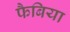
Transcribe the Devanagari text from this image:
फैबिया